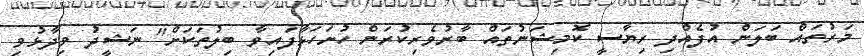
މަރުތައް ބަލަން އުފެއްދި ރިޔާސީ ކޮމިޝަނުތައް ބާރުވެރިކުރަން ހުށަހަޅާފައިވާ ބިލުތަކަށް" ނަޝީދު ވިދާޅުވި